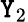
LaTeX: \mathtt{Y}_{2}